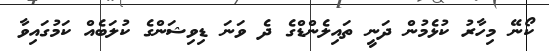
ކޯނޭ މިހާރު ކުޅެމުން ދަނީ ތައިލެންޑްގެ ދެ ވަނަ ޑިވިޝަންގެ ކުލަބެއް ކަމުގައިވާ